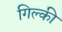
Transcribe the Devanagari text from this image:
गिल्की